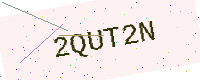
Text: 2QUT2N